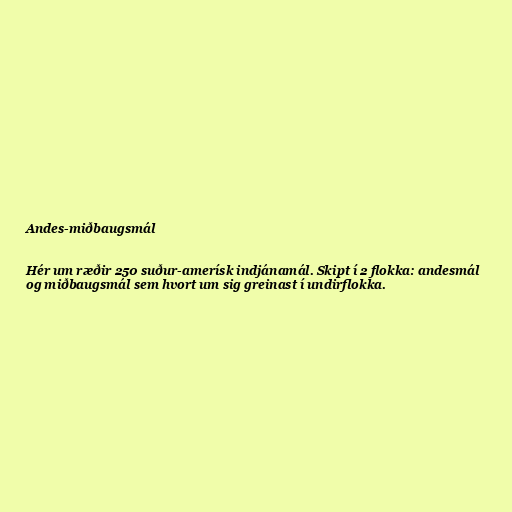
Andes-miðbaugsmál

Hér um ræðir 250 suður-amerísk indjánamál. Skipt í 2 flokka: andesmál
og miðbaugsmál sem hvort um sig greinast í undirflokka.